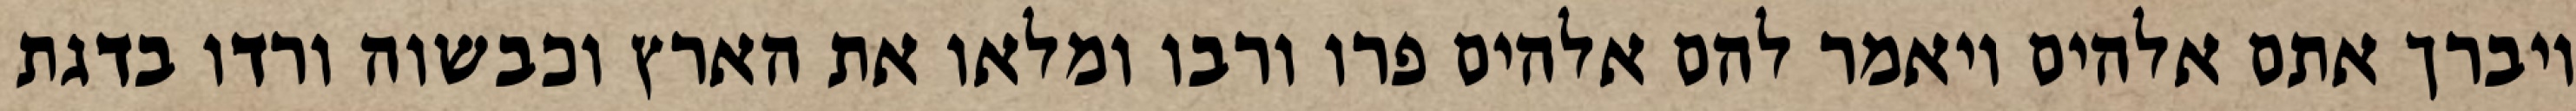
ויברך אתם אלהים ויאמר להם אלהים פרו ורבו ומלאו את הארץ וכבשוה ורדו בדגת